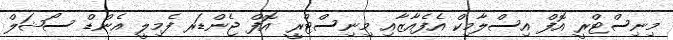
މިނިސްޓްރީ އޮފް އިސްލާމިކް އެފެއާޒާއި މިނިސްޓްރީ އޮފް ޖެންޑަރ ފެމިލީ އެންޑް ސޯޝަލް